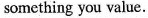
something you value.